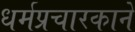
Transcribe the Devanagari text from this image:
धर्मप्रचारकाने